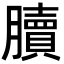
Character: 𦢌